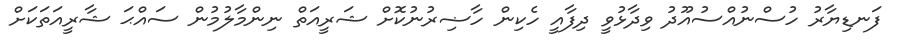
ފަނޑިޔާރު ހުސްނުއްސުއޫދު ވިދާޅުވީ ދިފާއީ ހެކިން ހާޟިރުނުކޮށް ޝަރީއަތް ނިންމާލުމުން ސައްޙަ ޝާރީއަތަކަށް